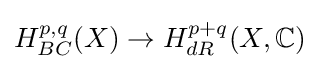
H_{BC}^{p,q}(X)\to H_{dR}^{p+q}(X,\mathbb {C} )